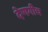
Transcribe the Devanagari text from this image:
देणगीच